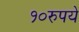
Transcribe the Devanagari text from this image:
१०रुपये